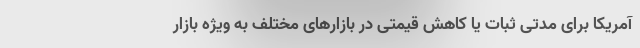
آمریکا برای مدتی ثبات یا کاهش قیمتی در بازارهای مختلف به ویژه بازار